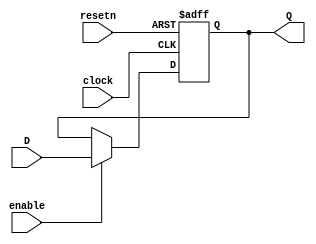
module register(D, clock, enable, resetn, Q);

input [3:0] D;
input clock, resetn, enable;
output reg [3:0] Q;

always @(posedge clock, negedge resetn)
if (resetn == 0)
	Q <= 4'b0110;
else if (enable == 1)
	Q <= D;

endmodule